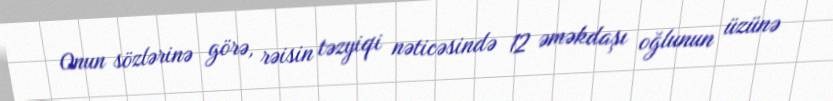
Onun sözlərinə görə, rəisin təzyiqi nəticəsində 12 əməkdaşı oğlunun üzünə